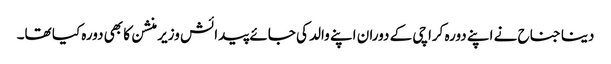
دینا جناح نے اپنے دورہ کراچی کے دوران اپنے والد کی جائے پیدائش وزیر منشن کا بھی دورہ کیا تھا۔